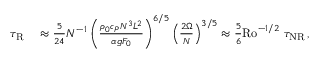
\begin{array} { r l } { \tau _ { \mathrm { R } } } & { { } \approx \frac { 5 } { 2 4 } N ^ { - 1 } \left( \frac { \rho _ { 0 } c _ { P } N ^ { 3 } L ^ { 2 } } { \alpha g F _ { 0 } } \right) ^ { 6 / 5 } \left( \frac { 2 \Omega } { N } \right) ^ { 3 / 5 } \approx \frac { 5 } { 6 } \mathrm { R o } ^ { - 1 / 2 } ~ \tau _ { \mathrm { N R } } \, , } \end{array}